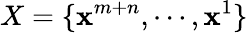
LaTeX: X=\{ \textbf{x}^{m+n},\cdots,\textbf{x}^{1}\}